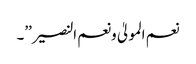
نعم المولیٰ ونعم النصیر’’۔